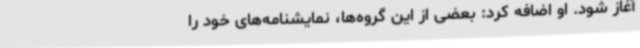
آغاز شود. او اضافه کرد: بعضی از این گروه‌ها، نمایشنامه‌های خود را